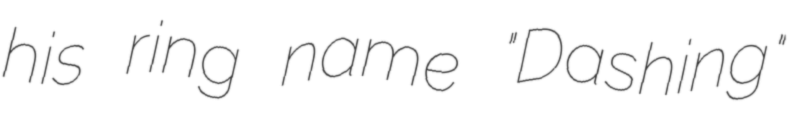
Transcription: his ring name "Dashing"